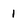
Character: 1